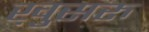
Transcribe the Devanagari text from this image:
ख़ुसरु